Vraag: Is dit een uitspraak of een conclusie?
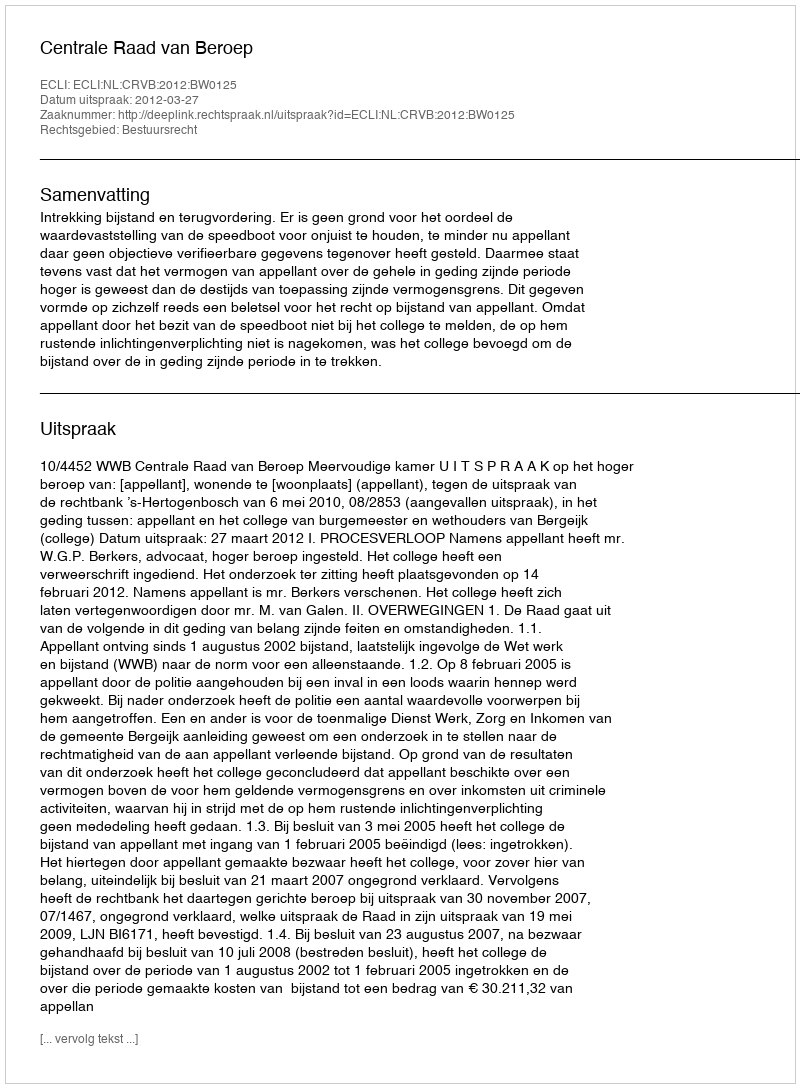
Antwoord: Uitspraak